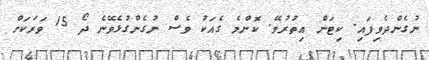
ނުގެންދެވިފައި. ކިޓަން އިތުރުވޭ. ކޮންމެ ގެއަކު ވެސް ނުގެންގުޅެވޭނެ ދޯ 15 ވަރަކަށް